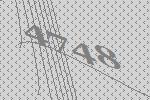
4748